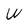
Character: W